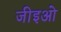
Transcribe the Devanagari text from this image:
जीइओ